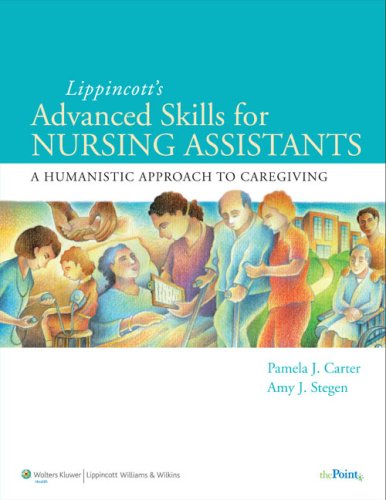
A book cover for Lippincott Advanced Skills for Nursing Assistants: A Humanistic Approach to Caregiving; Pamela J. Carter RN  BSN  MEd  CNOR; Medical Books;